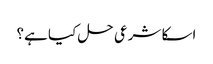
اسکا شرعی حل کیا ہے؟